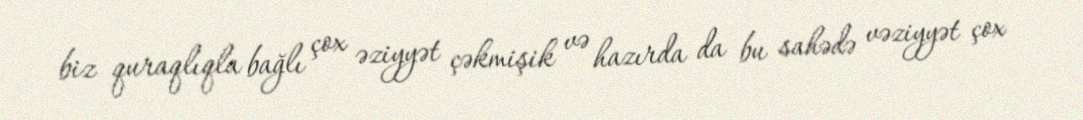
biz quraqlıqla bağlı çox əziyyət çəkmişik və hazırda da bu sahədə vəziyyət çox